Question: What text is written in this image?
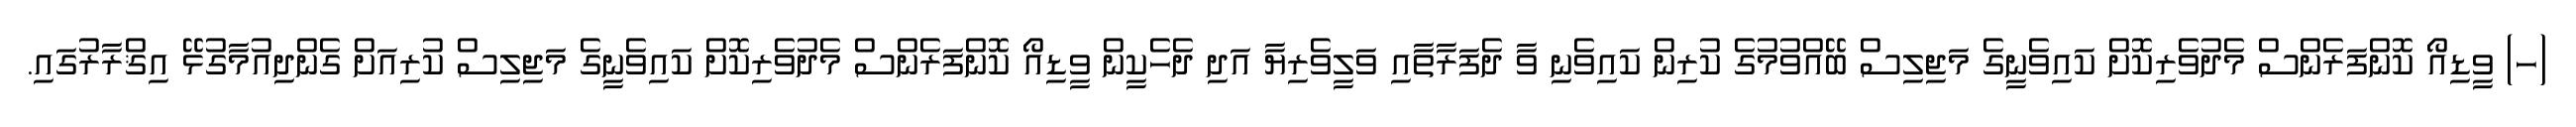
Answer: (ހ) ވީޑިއޯ ކޮންފަރެންސް މެދުވެރިކޮށް ކައިވެނީގެ މަޖިލިސް ބޭއްވުމުގެ ކުރިން ކައިވެނި ވާ ދެފަރާތާއި ވަލީވެރިޔާ އަދި ދެހެކީން ވީޑިއޯ ކޮންފަރެންސް މެދުވެރިކޮށް ކައިވެނީގެ މަޖިލިސް ކުރިއަށް ގެންދިއުމާގުޅޭ އިޤްރާރުގައި.